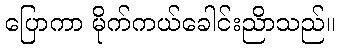
ပြောကာ မိုက်ကယ်ခေါင်းညိာသည်။